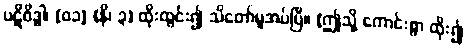
ပဋိဝိဒ္ဓါ၊ [၀၁] (နိ၊ ၃) ထိုးထွင်း၍ သိတော်မူအပ်ပြီ။ [ဤသို့ ကောင်းစွာ ထိုး၍